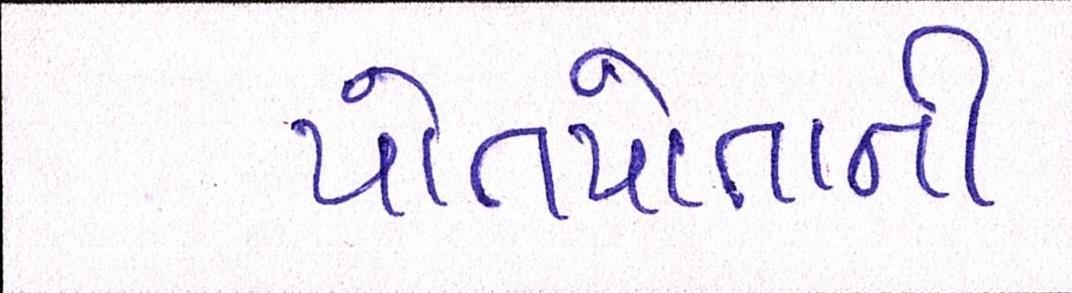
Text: પોતપોતાની